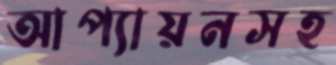
আপ্যায়নসহ